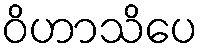
ဝိဟာသိပေ